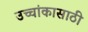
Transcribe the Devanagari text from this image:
उच्चांकासाठी